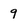
Character: 9